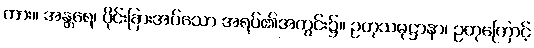
ကား။ အန္တရေ၊ ပိုင်းခြားအပ်သော အရပ်၏အတွင်း၌။ ဥတုသမုဋ္ဌာနာ၊ ဥတုကြောင့်